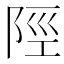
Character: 陘